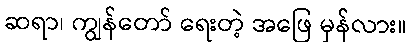
ဆရာ၊ ကျွန်တော် ရေးတဲ့ အဖြေ မှန်လား။